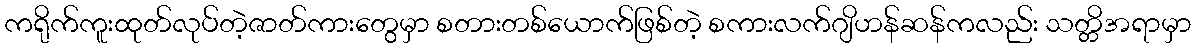
ကရိုက်ကူးထုတ်လုပ်တဲ့ဇာတ်ကားတွေမှာ စတားတစ်ယောက်ဖြစ်တဲ့ စကားလက်ဂျိဟန်ဆန်ကလည်း သတ္တိအရာမှာ